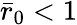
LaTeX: \bar{r}_{0}<1